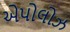
એપોલોઝ